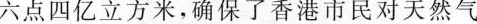
六点四亿立方米，确保了香港市民对天然气